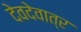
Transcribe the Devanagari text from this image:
देवदेवात्र